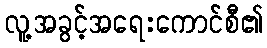
လူ့အခွင့်အရေးကောင်စီ၏